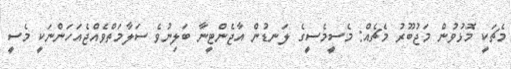
މެޗަކީ މޮޅުވުން މަޖުބޫރު މެޗެއް: މެސީމެސީގެ ލަނޑުން އާޖެންޓީނާ ބަލިނުވެ ސަލާމަތްވެއްޖެއަހަންނަކީ މެސީ